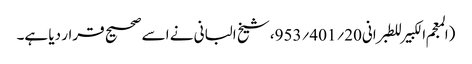
(المعجم الکبیر للطبرانی20؍401؍953، شیخ البانی نے اسے صحیح قرار دیا ہے۔